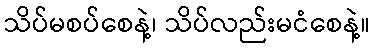
သိပ်မစပ်စေနဲ့၊ သိပ်လည်းမငံစေနဲ့။